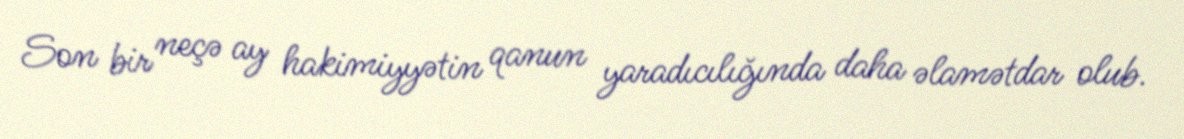
Son bir neçə ay hakimiyyətin qanun yaradıcılığında daha əlamətdar olub.